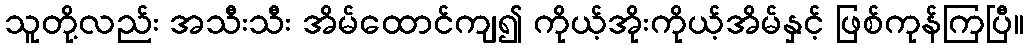
သူတို့လည်း အသီးသီး အိမ်ထောင်ကျ၍ ကိုယ့်အိုးကိုယ့်အိမ်နှင့် ဖြစ်ကုန်ကြပြီ။